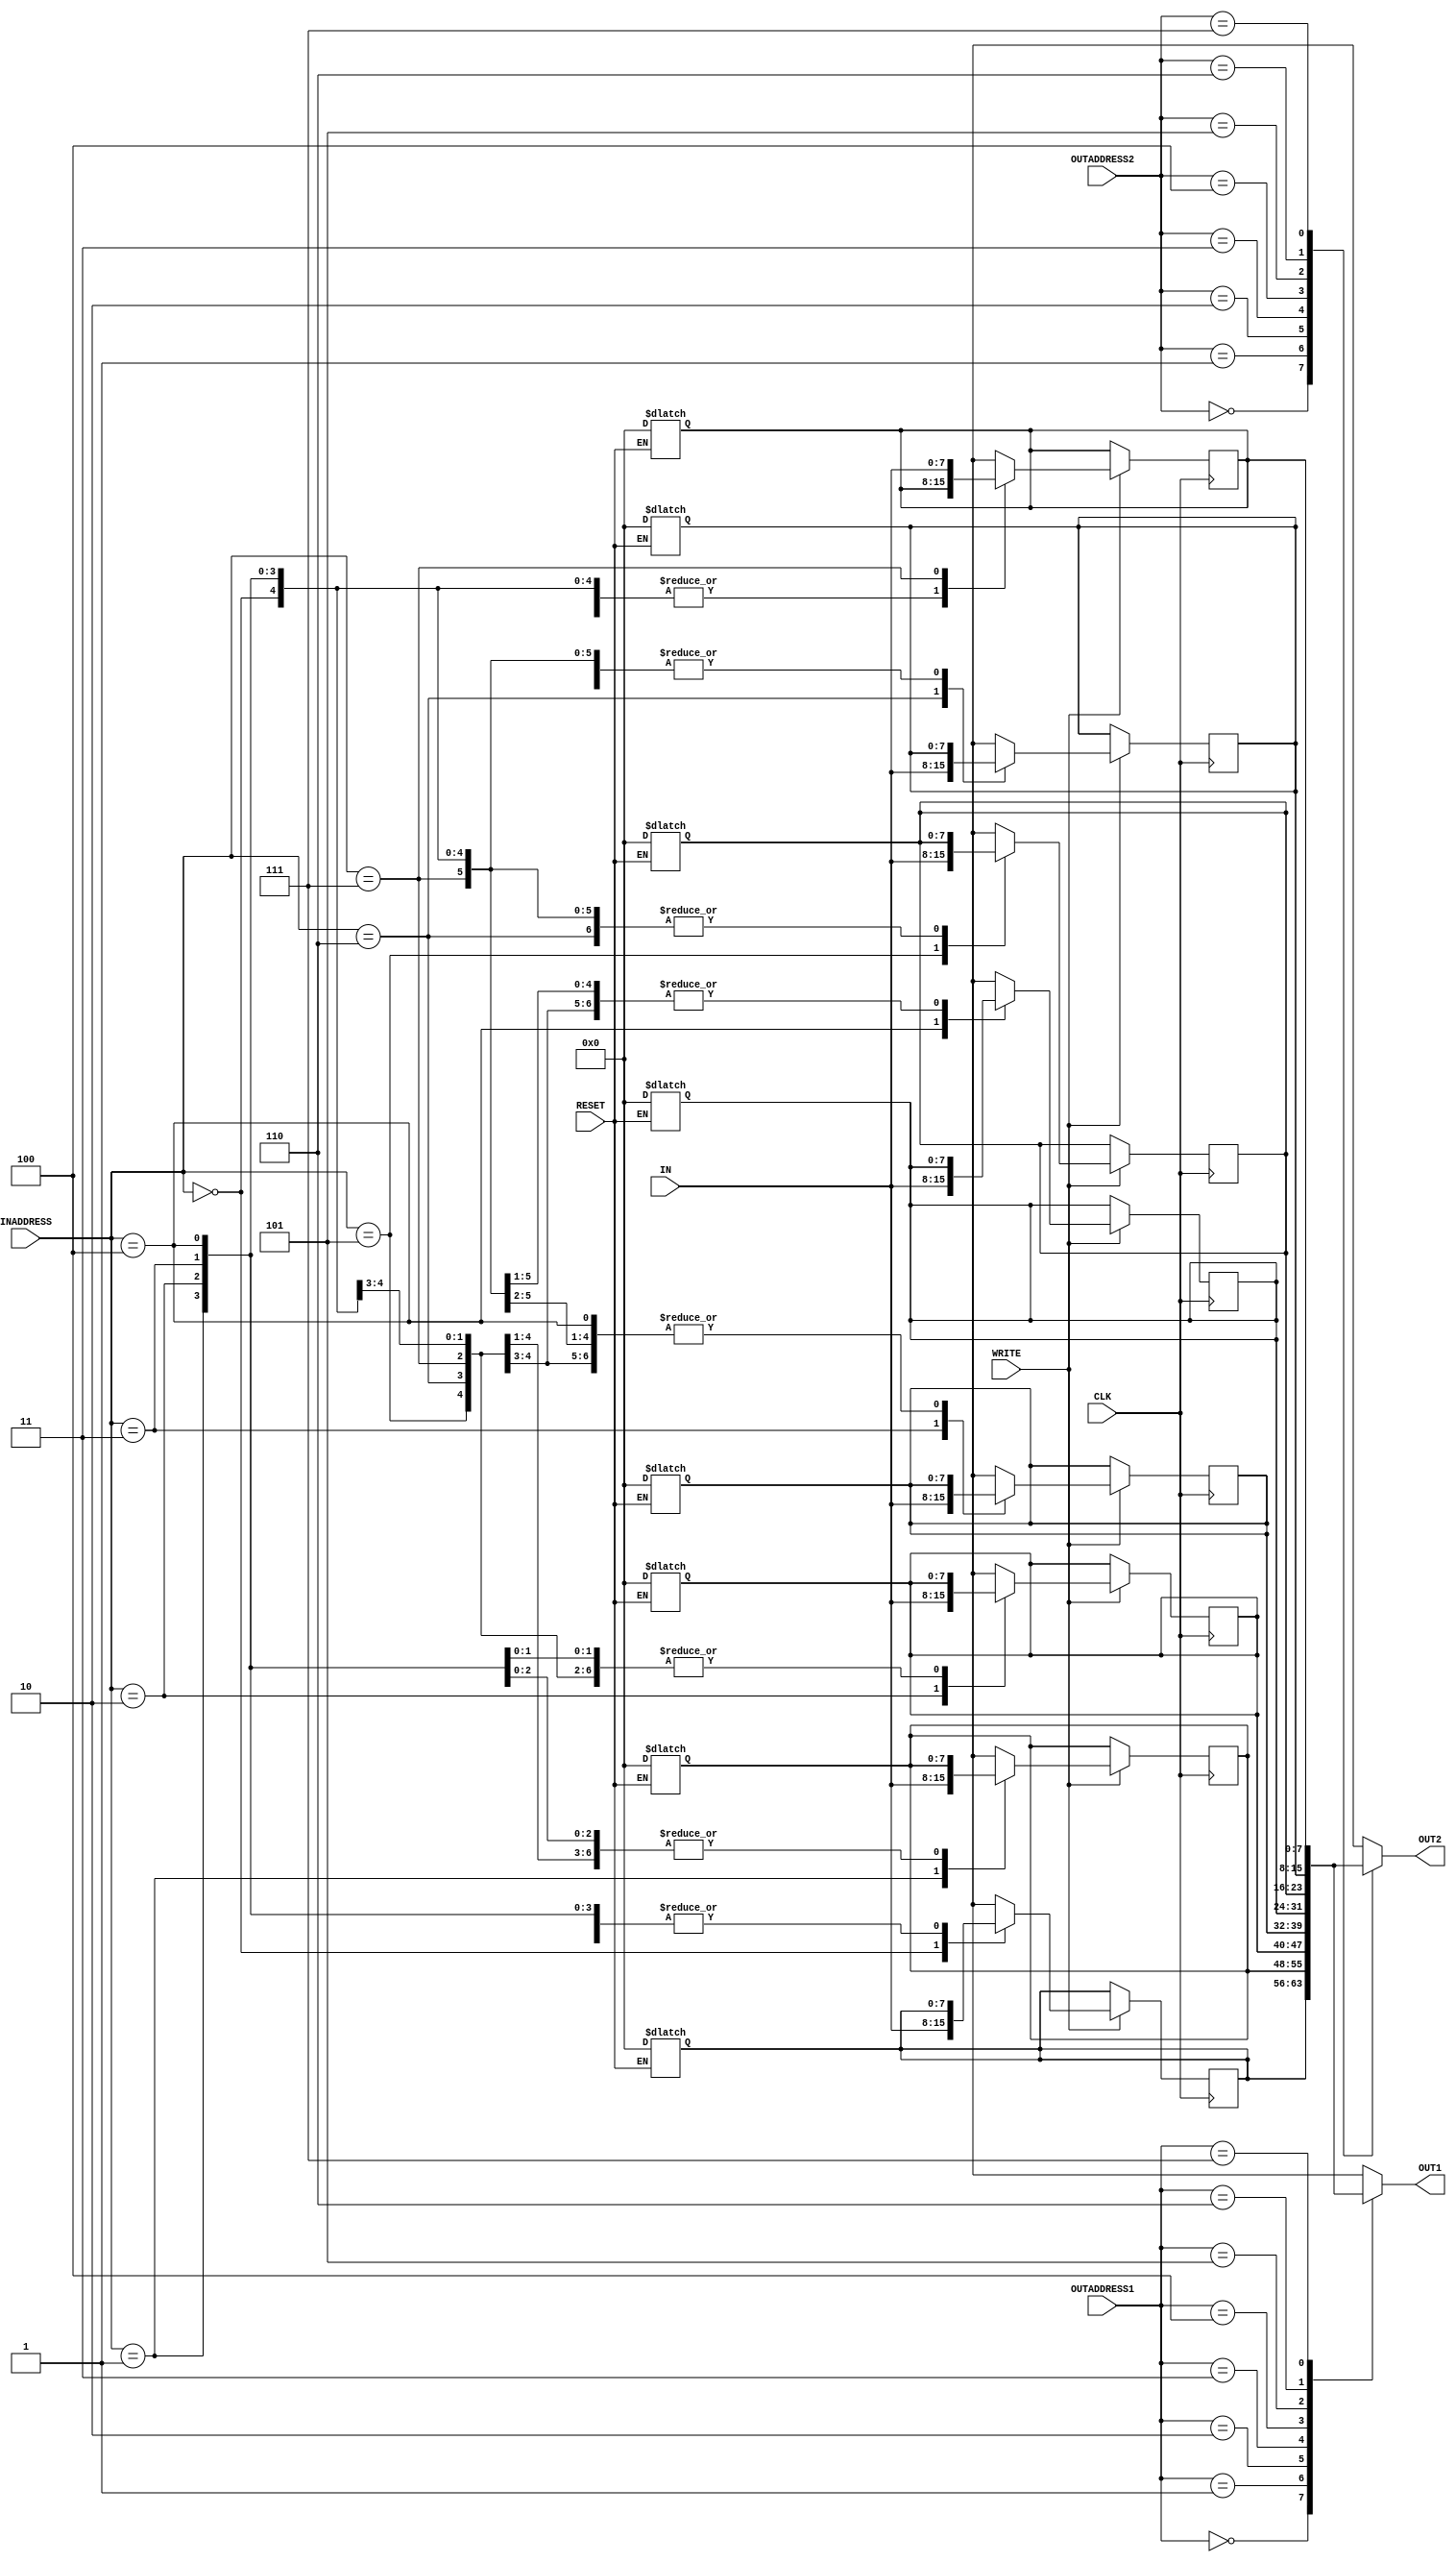
/*
    Reg.No :E/16/394
    CO224 Lab 5 Reg_File.v
*/

module reg_file(IN ,OUT1 ,OUT2 ,INADDRESS ,OUTADDRESS1 ,OUTADDRESS2 ,WRITE ,CLK ,RESET);
    //register file with 8x8 bits registers
    //define inputs
    //input 8 bits data
    input [7:0] IN;
    // 3 bits input and output register addresses
    input [2:0] INADDRESS ,OUTADDRESS1 ,OUTADDRESS2 ;
    //1 bit inputs
    input WRITE ,CLK ,RESET ;
    //define    8 BITS outputs
    output [7:0] OUT1 ,OUT2 ;

    //8 bits 8 registers 
    reg [7:0] r_Block [0:7];
    //instantiate 8 bit register for out1 and out2
    reg [7:0] OUT1 ,OUT2;
    //define integer for reset all registers using for loop
    integer i ;
    //asynchronusly put registers to out 
 
    always @ (*)
    begin
        //choose Out1 according to outaddress1
        //add #2 delay to read 
        case (OUTADDRESS1)
        0 : OUT1 <= #2 r_Block[0] ;
        1 : OUT1 <= #2 r_Block[1] ;
        2 : OUT1 <= #2 r_Block[2] ;
        3 : OUT1 <= #2 r_Block[3] ;
        4 : OUT1 <= #2 r_Block[4] ;
        5 : OUT1 <= #2 r_Block[5] ;
        6 : OUT1 <= #2 r_Block[6] ;
        7 : OUT1 <= #2 r_Block[7] ;
        endcase
    end

   
    always @(*)
    begin
        //choose Out2 according to outaddress2
        //add #2 delay to read 
        case (OUTADDRESS2)
        0 : OUT2 <= #2 r_Block[0] ;
        1 : OUT2 <= #2 r_Block[1] ;
        2 : OUT2 <= #2 r_Block[2] ;
        3 : OUT2 <= #2 r_Block[3] ;
        4 : OUT2 <= #2 r_Block[4] ;
        5 : OUT2 <= #2 r_Block[5] ;
        6 : OUT2 <= #2 r_Block[6] ;
        7 : OUT2 <= #2 r_Block[7] ;
        endcase  
            
    end
    //synchronize with positve edge of clk 
    always @ (posedge CLK)
    begin
        //write data in IN to INADDRESS if write enabled
        if (WRITE == 1)
        begin
            //add #2 delay to write
            case (INADDRESS)
                0 : r_Block[0] = #2 IN;
                1 : r_Block[1] = #2 IN;
                2 : r_Block[2] = #2 IN;
                3 : r_Block[3] = #2 IN;
                4 : r_Block[4] = #2 IN;
                5 : r_Block[5] = #2 IN;
                6 : r_Block[6] = #2 IN;
                7 : r_Block[7] = #2 IN;
            endcase
            
        end
    end
    //asynchronizely reset all registers to 0
    always @ (RESET)
    begin
        //check reset == 1 add #2 delay
        if (RESET == 1)
        begin
            #2
            for (i =0 ;i <8 ;i = i+1)
            begin
                r_Block[i] <= 0;
            end
        end
    end
endmodule